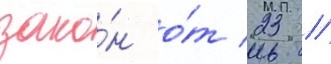
зако́н о́т 23 //